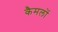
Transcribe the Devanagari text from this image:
कैमलों